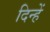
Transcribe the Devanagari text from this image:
दिन्हें